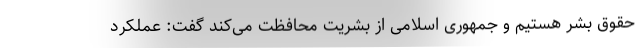
حقوق بشر هستیم و جمهوری اسلامی از بشریت محافظت می‌کند گفت: عملکرد